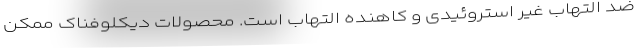
ضد التهاب غیر استروئیدی و کاهنده التهاب است. محصولات دیکلوفناک ممکن